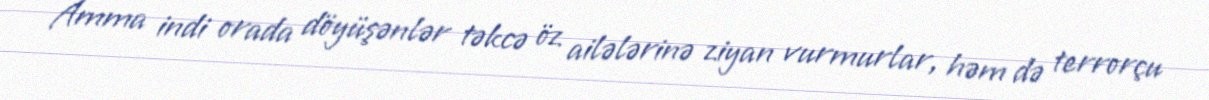
Amma indi orada döyüşənlər təkcə öz ailələrinə ziyan vurmurlar, həm də terrorçu